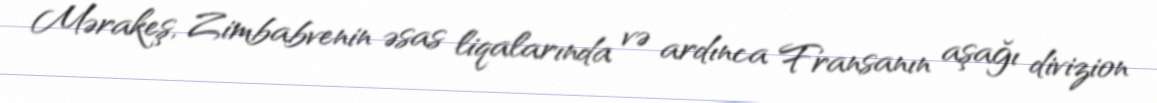
Mərakeş, Zimbabvenin əsas liqalarında və ardınca Fransanın aşağı divizion